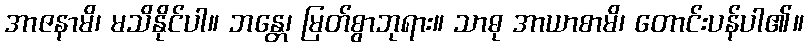
အာဇနာမိ၊ မသိနိုင်ပါ။ ဘန္တေ၊ မြတ်စွာဘုရား။ သာဓု အာယာစာမိ၊ တောင်းပန်ပါ၏။